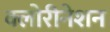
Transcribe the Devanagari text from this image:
क्लोरीनेशन